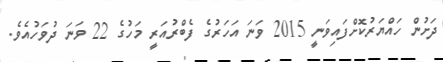
ދަށުން ހައްޔަރުކޮށްފައިވަނީ 2015 ވަނަ އަހަރުގެ ފެބްރުއަރީ މަހުގެ 22 ވަނަ ދުވަހުއެވެ.